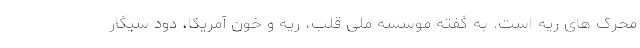
محرک های ریه است. به گفته موسسه ملی قلب، ریه و خون آمریکا، دود سیگار